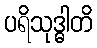
ပရိသုဒ္ဓါတိ